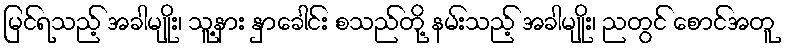
မြင်ရသည့် အခါမျိုး၊ သူ့နား နှာခေါင်း စသည်တို့ နမ်းသည့် အခါမျိုး၊ ညတွင် စောင်အတူ